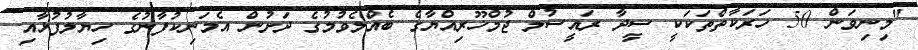
"މިނިވަން 50 ހަރަކާތްތަކަކީ ސީދާ ރައީސުލް ޖުމްހޫރިއްޔާގެ ބެއްލެވުމުގެ ދަށުން އެމަނިކުފާނުގެ ހިޔާލުފުޅާއި